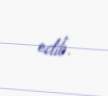
edib.